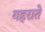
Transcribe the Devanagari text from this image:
गहराते